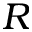
R